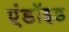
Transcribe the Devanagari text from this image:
एंडॉइड